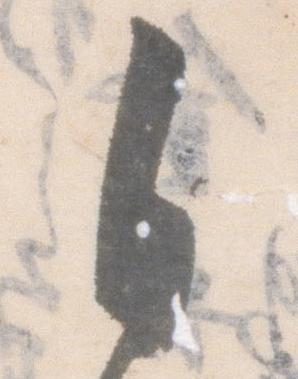
自